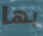
بها